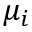
\mu _ { i }